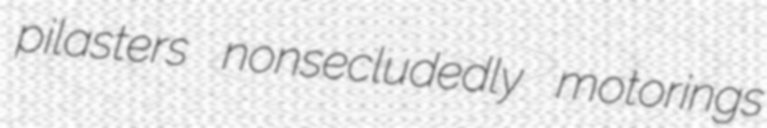
pilasters nonsecludedly motorings